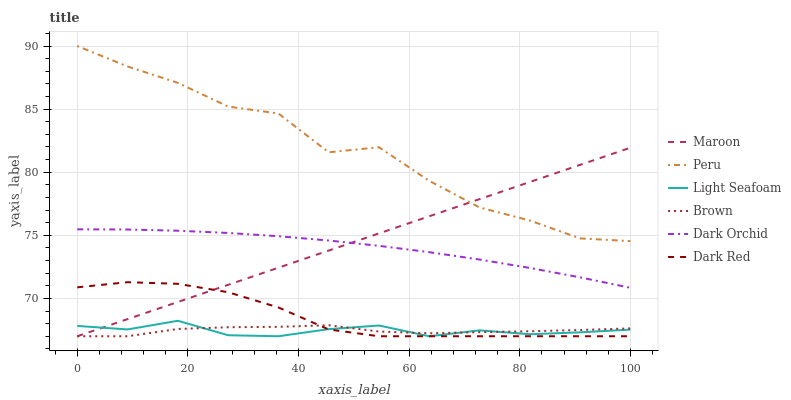
| xaxis_label | Maroon | Peru | Light Seafoam | Brown | Dark Orchid | Dark Red |
 | --- | --- | --- | --- | --- | --- | --- |
 | 0 | 67 | 90 | 67.8 | 67 | 75.5 | 70.9 |
 | 9.09 | 68.4 | 88.4 | 67.5 | 67 | 75.5 | 71.3 |
 | 18.2 | 69.7 | 87.1 | 68.2 | 67.6 | 75.4 | 71.2 |
 | 27.3 | 71.1 | 85.2 | 67.1 | 67.7 | 75.2 | 70.5 |
 | 36.4 | 72.4 | 84.7 | 67 | 67.7 | 74.9 | 69.3 |
 | 45.5 | 73.8 | 81.6 | 67.6 | 67.9 | 74.6 | 67.5 |
 | 54.5 | 75.1 | 82 | 67.9 | 67.4 | 74.2 | 67 |
 | 63.6 | 76.5 | 79.3 | 67 | 67.2 | 73.7 | 67 |
 | 72.7 | 77.9 | 77.2 | 67.5 | 67.3 | 73.1 | 67 |
 | 81.8 | 79.2 | 76.2 | 67.2 | 67.4 | 72.4 | 67 |
 | 90.9 | 80.6 | 74.8 | 67.3 | 67.5 | 71.7 | 67 |
 | 100 | 81.9 | 74.5 | 67.5 | 67.6 | 70.8 | 67 |